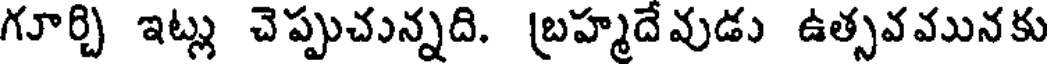
గూర్చి ఇట్లు చెప్పుచున్నది. బ్రహ్మదేవుడు ఉత్సవమునకు